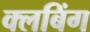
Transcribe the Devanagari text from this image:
क्लबिंग